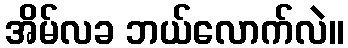
အိမ်လခ ဘယ်လောက်လဲ။